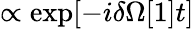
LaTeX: \propto\exp[-i\delta\Omega[1]t]